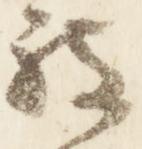
被